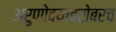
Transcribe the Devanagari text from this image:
अरुणोदयाबरोबरच